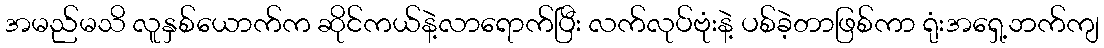
အမည်မသိ လူနှစ်ယောက်က ဆိုင်ကယ်နဲ့လာရောက်ပြီး လက်လုပ်ဗုံးနဲ့ ပစ်ခဲ့တာဖြစ်ကာ ရုံးအရှေ့ဘက်ကျ